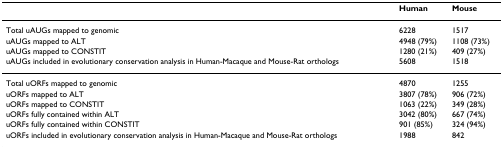
<table><thead><tr><td></td><td><b>Human</b></td><td><b>Mouse</b></td></tr></thead><tbody><tr><td>Total uAUGs mapped to genomic</td><td>6228</td><td>1517</td></tr><tr><td>uAUGs mapped to ALT</td><td>4948 (79%)</td><td>1108 (73%)</td></tr><tr><td>uAUGs mapped to CONSTIT</td><td>1280 (21%)</td><td>409 (27%)</td></tr><tr><td>uAUGs included in evolutionary conservation analysis in Human-Macaque and Mouse-Rat orthologs</td><td>5608</td><td>1518</td></tr><tr><td>Total uORFs mapped to genomic</td><td>4870</td><td>1255</td></tr><tr><td>uORFs mapped to ALT</td><td>3807 (78%)</td><td>906 (72%)</td></tr><tr><td>uORFs mapped to CONSTIT</td><td>1063 (22%)</td><td>349 (28%)</td></tr><tr><td>uORFs fully contained within ALT</td><td>3042 (80%)</td><td>667 (74%)</td></tr><tr><td>uORFs fully contained within CONSTIT</td><td>901 (85%)</td><td>324 (94%)</td></tr><tr><td>uORFs included in evolutionary conservation analysis in Human-Macaque and Mouse-Rat orthologs</td><td>1988</td><td>842</td></tr></tbody></table>